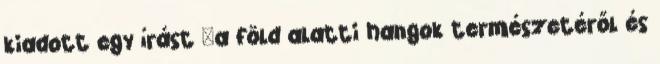
kiadott egy írást "a föld alatti hangok természetéről és